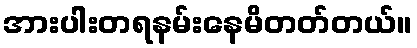
အားပါးတရနမ်းနေမိတတ်တယ်။